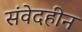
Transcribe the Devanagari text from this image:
संवेदहीन